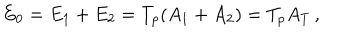
LaTeX: E _ { 0 } = E _ { 1 } + E _ { 2 } = T _ { p } ( A _ { 1 } + A _ { 2 } ) = T _ { p } A _ { T } \, ,